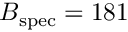
B _ { \mathrm { s p e c } } = 1 8 1